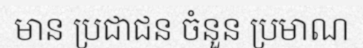
មាន ប្រជាជន ចំនួន ប្រមាណ